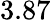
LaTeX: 3.87